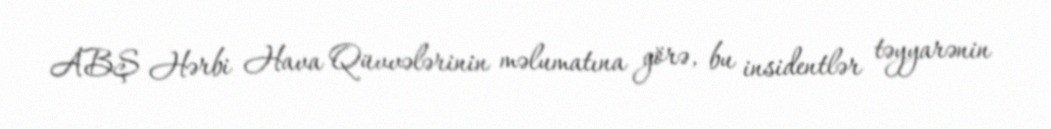
ABŞ Hərbi Hava Qüvvələrinin məlumatına görə, bu insidentlər təyyarənin